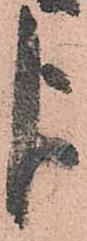
よ